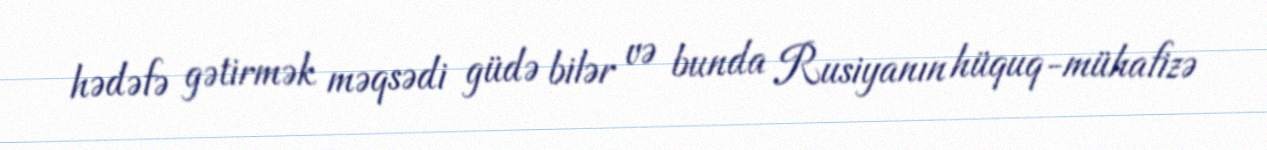
hədəfə gətirmək məqsədi güdə bilər və bunda Rusiyanın hüquq-mühafizə